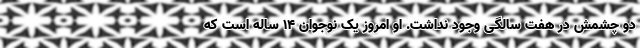
دو چشمش در هفت سالگی وجود نداشت. او امروز یک نوجوان 14 ساله است که